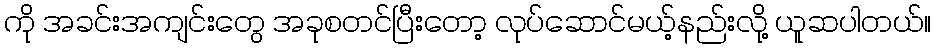
ကို အခင်းအကျင်းတွေ အခုစတင်ပြီးတော့ လုပ်ဆောင်မယ့်နည်းလို့ ယူဆပါတယ်။